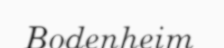
Bodenheim